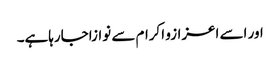
اور اسے اعزازو اکرام سے نوازاجارہاہے۔